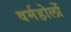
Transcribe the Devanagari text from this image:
वर्महोलों